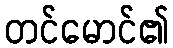
တင်မောင်၏